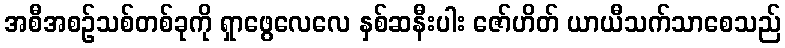
အစီအစဉ်သစ်တစ်ခုကို ရှာဖွေလေလေ နှစ်ဆနီးပါး ဇော်ဟိတ် ယာယီသက်သာစေသည်